Medical and sanitary report of the native army of Bengal for the year
Year: 1874
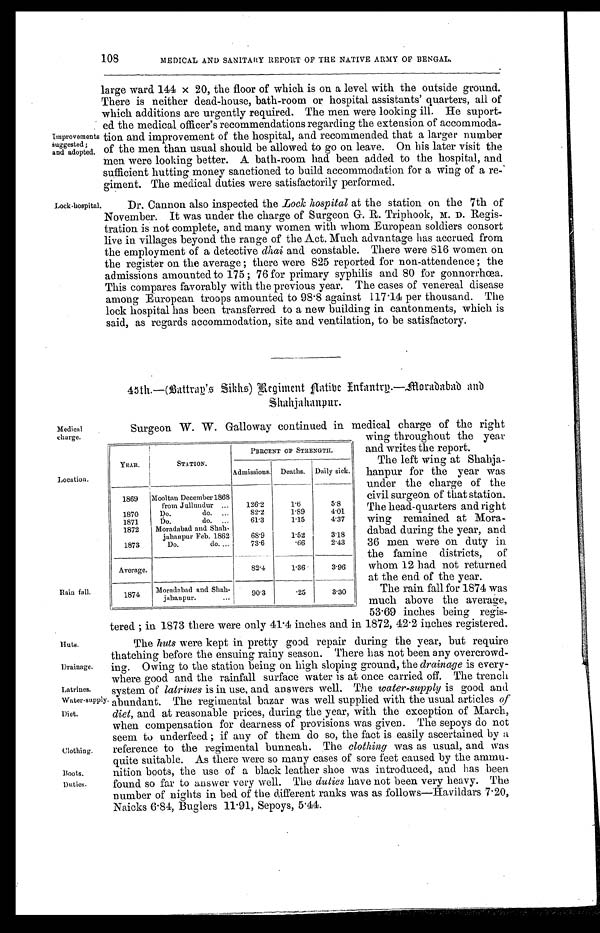
Huts.
Drainage.
Latrines.
Water-supply.
Diet.
Clothing.
Boots.
Duties.
108
MEDICAL AND SANITARY REPORT OF THE NATIVE ARMY OF BENGAL.
Improvements
suggested;
and adopted.
large ward 144 × 20, the floor of which is on a level with the outside ground.
There is neither dead-house, bath-room or hospital assistants' quarters, all of
which additions are urgently required. The men were looking ill. He suport-
-ed the medical officer's recommendations regarding the extension of accommoda
-tion and improvement of the hospital, and recommended that a larger number
of the men than usual should be allowed to go on leave. On his later visit the
men were looking better. A bath-room had been added to the hospital, and
sufficient hutting money sanctioned to build accommodation for a wing of a re-
giment. The medical duties were satisfactorily performed.
Lock-hospital.
Medical
charge.
Location.
Rain fall.
Dr. Cannon also inspected the Lock hospital at the station on the 7th of
November. It was under the charge of Surgeon G. R. Triphook, M.D. Regis-
-tration is not complete, and many women with whom European soldiers consort
live in villages beyond the range of the Act. Much advantage has accrued from
the employment of a detective dhai and constable. There were 816 women on
the register on the average ; there were 825 reported for non-attendence ; the
admissions amounted to 175 ; 76 for primary syphilis and 80 for gonnorrhœa.
This compares favorably with the previous year. The cases of venereal disease
among European troops amounted to 98.8 against 117.14 per thousand. The
lock hospital has been transferred to a new building in cantonments, which is
said, as regards accommodation, site and ventilation, to be satisfactory.
45th.—(Battray's Sikhs) Regiment A atibe I nfantry.—Moradabad and
Shahjahanpur.
Surgeon W. W. Galloway continued in medical charge of the right
wing throughout the year
and writes the report.
The left wing at Shahja
-hanpur for the year was
under the charge of the
civil surgeon of that station.
The head-quarters and right
wing remained at Mora
-dabad during the year, and
36 men were on duty in
the famine districts, of
whom 12 had not returned
at the end of the year.
The rain fall for 1874 was
much above the average,
53.69 inches being regis -
tered ; in 1873 there were only 41.4 inches and in 1872, 42.2 inches registered.
The huts were kept in pretty good repair during the year, but require
thatching before the ensuing rainy season. There has not been any overcrowd
-ing. Owing to the station being on high sloping ground, the drainage is every
-where good and the rainfall surface water is at once carried off. The trench
system of latrines is in use, and answers well. The water-supply is good and
abundant. The regimental bazar was well supplied with the usual articles of
diet, and at reasonable prices, during the year, with the exception of March,
when compensation for dearness of provisions was given. The sepoys do not
seem to underfeed ; if any of them do so, the fact is easily ascertained by a
reference to the regimental bunneah. The clothing was as usual, and was
quite suitable. As there were so many cases of sore feet caused by the ammu-
-nition boots, the use of a black leather shoe was introduced, and has been
found so far to answer very well. The duties have not been very heavy. The
number of nights in bed of the different ranks was as follows—Havildars 7.20,
Naicks 6.84, Buglers 11.91, Sepoys, 5.44.
YEAR.
STATION.
PERCENT OF STRENGTH.
Admissions.
Deaths.
Daily sick.
1869
Mooltan December 1868
from Jullundur . . .
126.2
1.6
5.8
1870
Do. do. . . .
82.2
1.89
4 . 0 1
1871
Do. do. . . .
61.3
1.15
4.37
1872
Moradabad and Shah -
jahanpur Feb. 1862
68.9
1.52
3.18
1873
Do. do. . . .
73.6
.66
2.43
Average.
82.4
1.36
3.96
1874
Moradabad and Shah-
jahanpur. . . .
90.3
.25
3.30